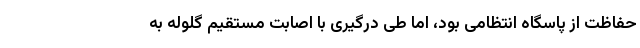
حفاظت از پاسگاه انتظامی بود، اما طی درگیری با اصابت مستقیم گلوله به